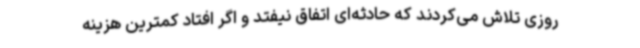
روزی تلاش می‌کردند که حادثه‌ای اتفاق نیفتد و اگر افتاد کمترین هزینه